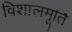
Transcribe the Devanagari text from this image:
विशालमूर्ति